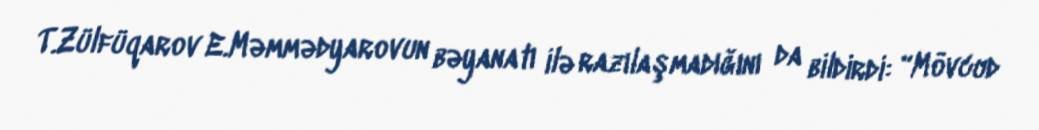
T.Zülfüqarov E.Məmmədyarovun bəyanatı ilə razılaşmadığını da bildirdi: “Mövcud